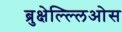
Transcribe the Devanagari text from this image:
ब्रुक्षेल्ल्लिओस